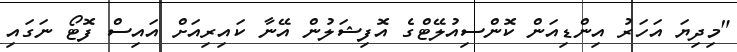
"މިދިޔަ އަހަރު އިންޑިއަން ކޮންސިއުލޭޓްގެ އޮފިޝަލުން އޭނާ ކައިރިއަށް އައިސް ފޮޓޯ ނަގައި